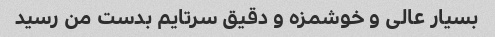
بسیار عالی و خوشمزه و دقیق سرتایم بدست من رسید